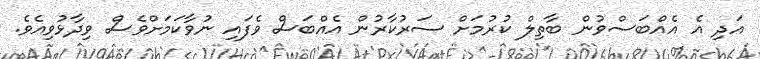
އަދި އެ އެއްބަސްވުން ބާތިލް ކުރުމަށް ސަރުކާރުން އެއްބަސް ވެފައި ނުވާކަމަށްވެސް ވިދާޅުވިއެވެ.